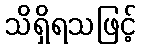
သိရှိရသဖြင့်